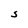
Character: S